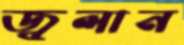
জ্বলান